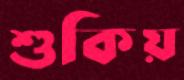
শুকিয়